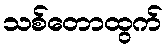
သစ်တောထွက်